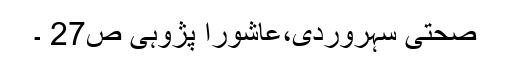
صحتی سہروردی،عاشورا پژوہی ص27 ۔